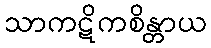
သာကဋိကစိန္တာယ